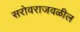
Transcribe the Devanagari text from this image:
सरोवराजवळील